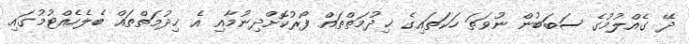
ދޭ ގެއްލުމުގެ ސަބަބުން ނުވަތަ ހަކަތައިގެ ޚިދުމަތްތައް ފޯރުކޮށްދިނުމާއި އެ ޚިދުމަތްތައް ބެލެހެއްޓުމުގައި